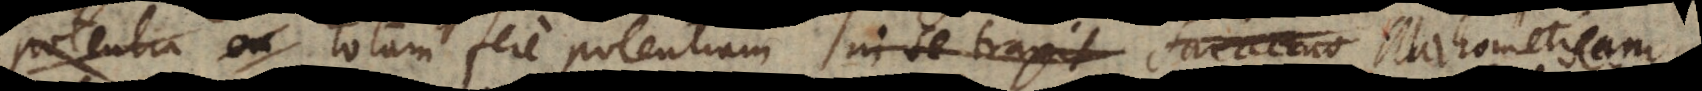
familia totam fere potentiam in se traxit Saraceno Mahometicam